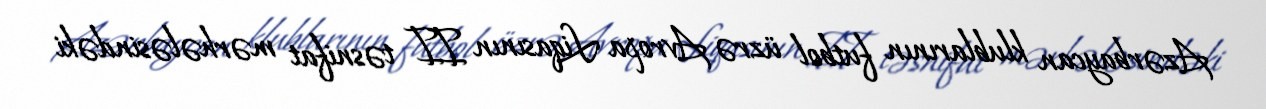
Azərbaycan klublarının futbol üzrə Avropa Liqasının II təsnifat mərhələsindəki